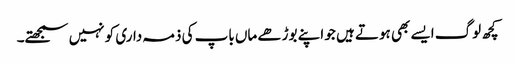
کچھ لوگ ایسے بھی ہوتے ہیں جو اپنے بوڑھے ماں باپ کی ذمہ داری کو نہیں سمجھتے۔